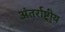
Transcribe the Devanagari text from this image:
अंतर्राष्ट्रीृय